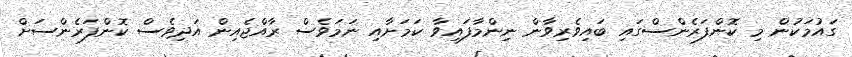
ގައުމަކުން މި ކޮންފަރެންސްގައި ބައިވެރިވާން ނިންމާފައިވާ ކަމަށާއި ނަމަވެސް ރާއްޖެއިން އަދިވެސް ކޮންފަރެންސަށް